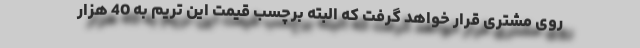
روی مشتری قرار خواهد گرفت که البته برچسب قیمت این تریم به 40 هزار